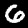
Label: 6